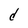
Character: d